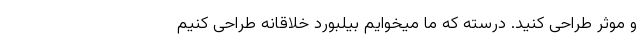
و موثر طراحی کنید. درسته که ما میخوایم بیلبورد خلاقانه طراحی کنیم